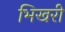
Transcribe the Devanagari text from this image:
भिखरी